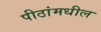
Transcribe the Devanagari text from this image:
पीठांमधील